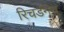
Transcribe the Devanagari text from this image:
रिचर्डनेच